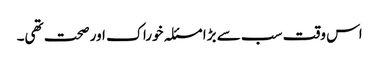
اس وقت سب سے بڑا مسئلہ خوراک اور صحت تھی۔